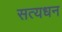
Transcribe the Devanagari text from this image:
सत्यधन